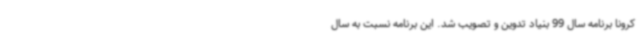
کرونا برنامه سال 99 بنیاد تدوین و تصویب شد. این برنامه نسبت به سال